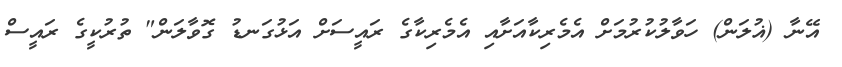
އޭނާ (ޣުލަން) ހަވާލުކުރުމަށް އެމެރިކާއަށާއި އެމެރިކާގެ ރައީސަށް އަޅުގަނޑު ގޮވާލަން" ތުރުކީގެ ރައީސް